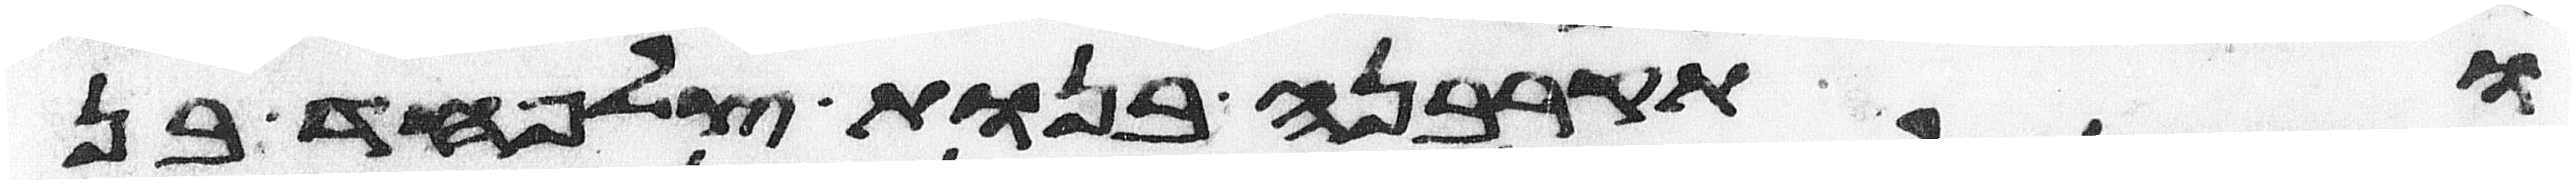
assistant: ותקרבנה בנות צלפחד בן